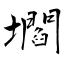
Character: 壛